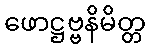
ဖောဋ္ဌဗ္ဗနိမိတ္တ